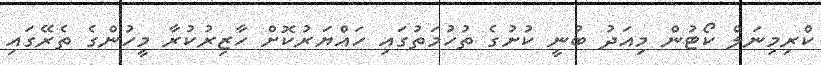
ކްރިމިނަލް ކޯޓުން މިއަދު ބުނީ ކުށުގެ ތުހުމަތުގައި ހައްޔަރުކޮށް ހާޒިރުކުރާ މީހުންގެ ތެރޭގައި